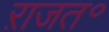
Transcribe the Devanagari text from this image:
ऱाजत॰